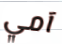
آمي